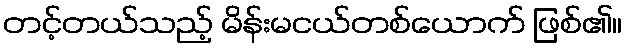
တင့်တယ်သည့် မိန်းမငယ်တစ်ယောက် ဖြစ်၏။